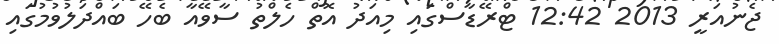
ޖެނުއަރީ 2013 12:42 ޓްރޭޑާސްގައި މިއަދު އޮތް ހެލްތު ސާވޭއާ ބެހޭ ބައްދަލުވުމުގައި